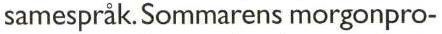
samespråk. Sommarens morgonpro-